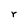
Character: r